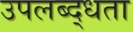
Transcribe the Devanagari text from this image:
उपलब्द्धता